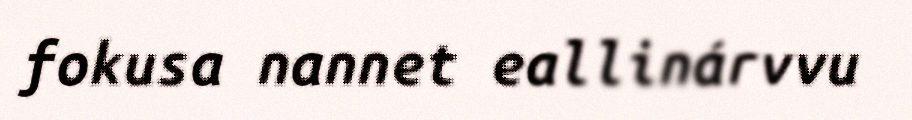
fokusa nannet eallinárvvu